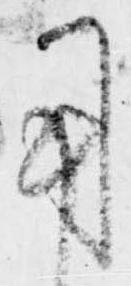
用